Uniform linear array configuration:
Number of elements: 24
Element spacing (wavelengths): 1
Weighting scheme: uniform
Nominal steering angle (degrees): -60
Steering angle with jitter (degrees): -60.84
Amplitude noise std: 0.05
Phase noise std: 0.05

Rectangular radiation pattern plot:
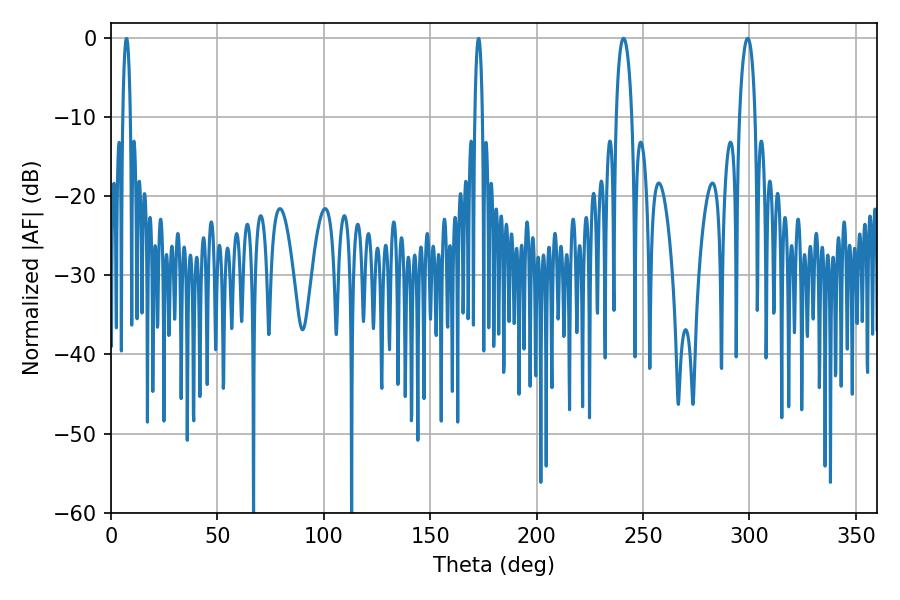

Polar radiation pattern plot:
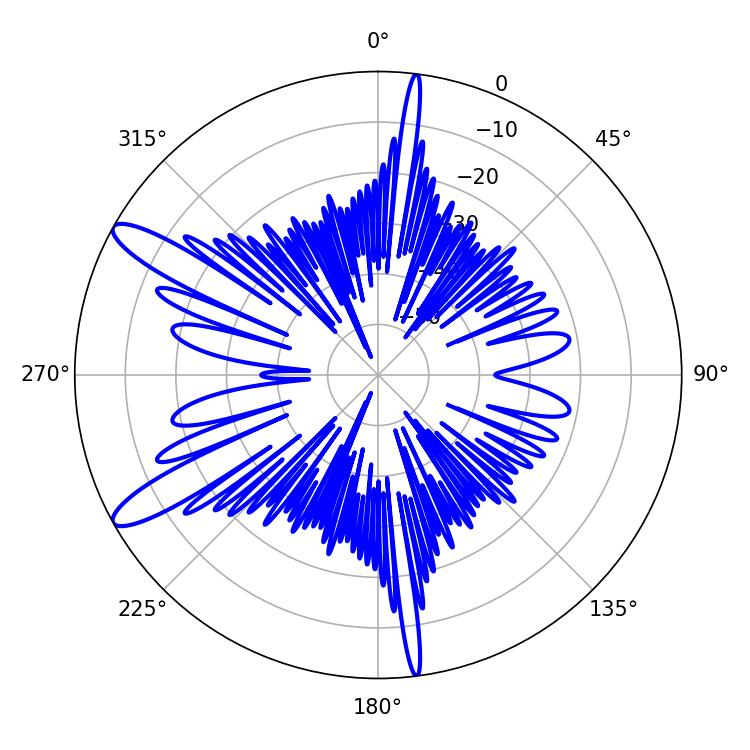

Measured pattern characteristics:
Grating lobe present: TRUE
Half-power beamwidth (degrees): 4.14
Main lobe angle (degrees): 240.84